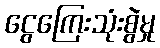
ငွေကြေးသုံးစွဲမှု